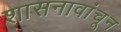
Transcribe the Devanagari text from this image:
शासनावांचून